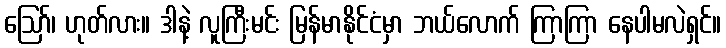
ဪ၊ ဟုတ်လား။ ဒါနဲ့ လူကြီးမင်း မြန်မာနိုင်ငံမှာ ဘယ်လောက် ကြာကြာ နေပါမလဲရှင်။